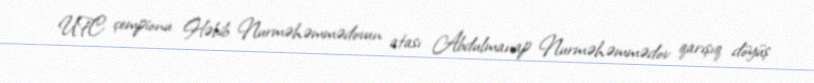
UFC çempionu Həbib Nurməhəmmədovun atası Abdulmanap Nurməhəmmədov qarışıq döyüş